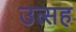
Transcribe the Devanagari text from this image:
उत्सह